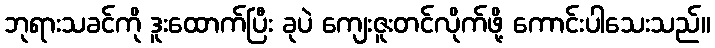
ဘုရားသခင်ကို ဒူးထောက်ပြီး ခုပဲ ကျေးဇူးတင်လိုက်ဖို့ ကောင်းပါသေးသည်။